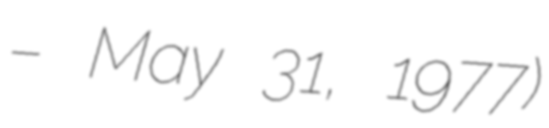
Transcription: – May 31, 1977)